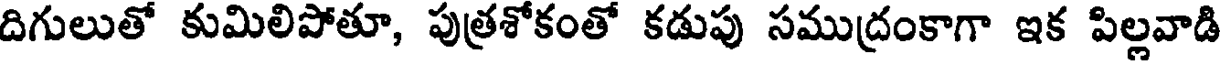
దిగులుతో కుమిలిపోతూ, పుత్రశోకంతో కడుపు సముద్రంకాగా ఇక పిల్లవాడి